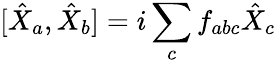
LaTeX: [\hat{X}_{a},\hat{X}_{b}]=i\sum_{c}f_{abc}\hat{X}_{c}